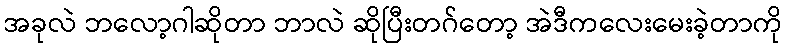
အခုလဲ ဘလော့ဂါဆိုတာ ဘာလဲ ဆိုပြီးတဂ်တော့ အဲဒီကလေးမေးခဲ့တာကို